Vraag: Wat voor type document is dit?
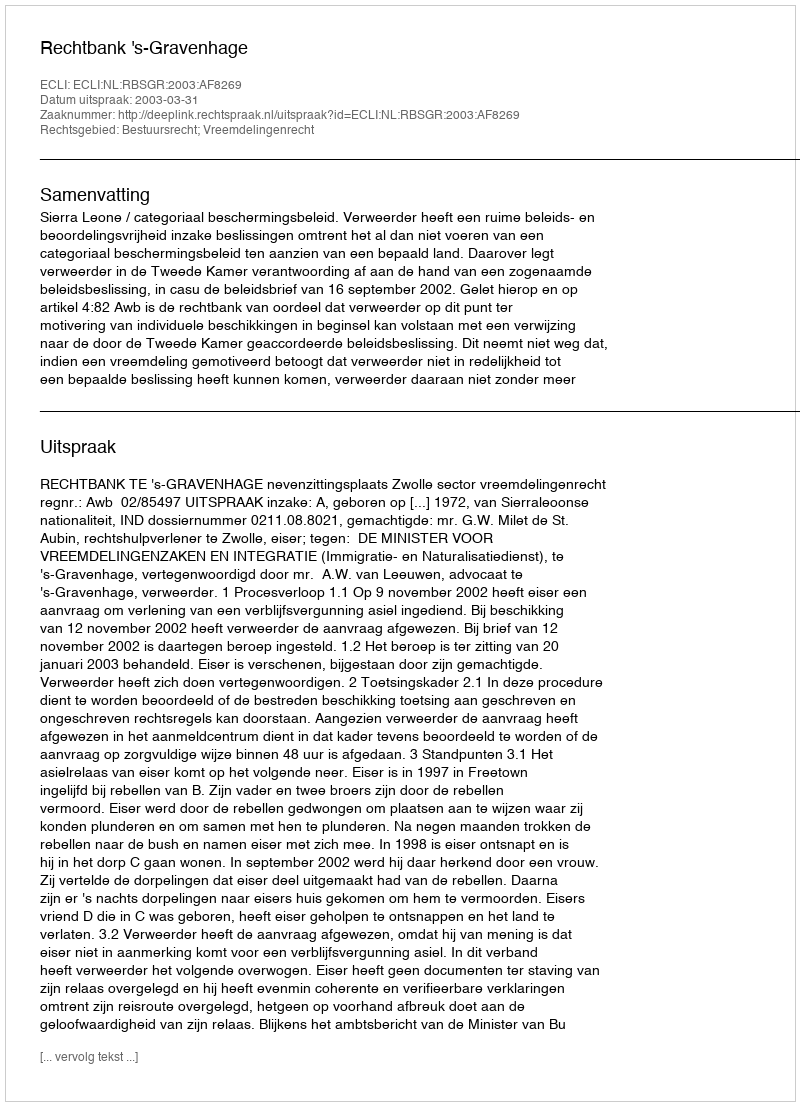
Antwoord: Uitspraak